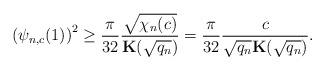
LaTeX: \begin{align*}\left(\psi_{n,c}(1)\right)^2 \geq \frac{\pi}{32}\frac{\sqrt{\chi_n(c)}}{\mathbf K(\sqrt{q_n})}=\frac{\pi}{32}\frac{c}{\sqrt{q_n}\mathbf K(\sqrt{q_n})}.\end{align*}